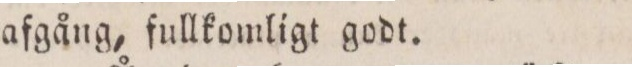
afgång, fullkomligt godt.